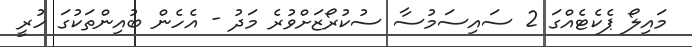
މައިލޯ ޕެކެޓެއްގަ 2 ސައިސަމުސާ ސުކުރޯޒަށްވުރެ މަދު - އެހެން ބުއިންތަކުގަ ހުރީ